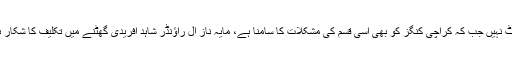
پشاور زلمی کے کپتان ڈیرن سیمی مکمل طور پر فٹ نہیں جب کہ کراچی کنگز کو بھی اسی قسم کی مشکلات کا سامنا ہے، مایہ ناز آل راؤنڈر شاہد آفریدی گھٹنے میں تکلیف کا شکار ہیں اور آج کے میچ میں ان کی شرکت مشکوک ہے۔